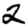
Digit: 2